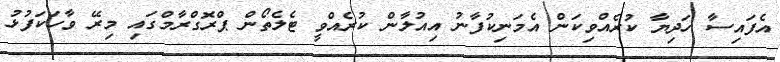
އެފައިސާ ހަދިޔާ ކުރެއްވިކަން އެމަނިކުފާނު އިއުލާން ކުރެއްވީ ޓެލެތޯން ޕްރޮގްރާމްގައި މިރޭ ވާހަކަފުޅު